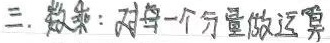
三. 数乘：对每一个分量做运算